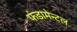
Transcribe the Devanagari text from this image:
फंडामेन्टल